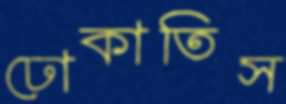
ঢোকাতিস